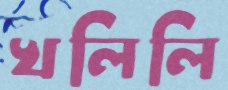
খলিলি